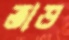
তাড়